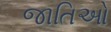
જાતિઓ